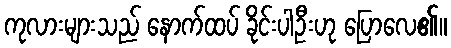
ကုလားများသည် နောက်ထပ် ခိုင်းပါဦးဟု ပြောလေ၏။